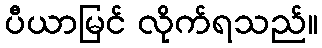
ပီယာမြင် လိုက်ရသည်။